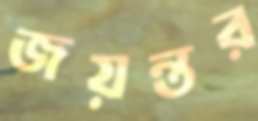
জয়ন্তর